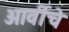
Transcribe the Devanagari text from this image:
आर्वीचे